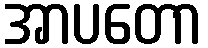
အာပတော